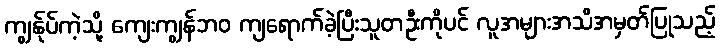
ကျွန်ုပ်ကဲ့သို့ ကျေးကျွန်ဘဝ ကျရောက်ခဲ့ပြီးသူတဦးကိုပင် လူအများအသိအမှတ်ပြုသည့်